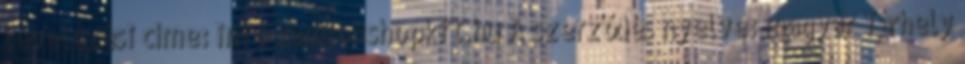
levelezési címe: info kamionshopkft.hu A szerződés nyelve: magyar Tárhely